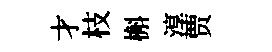
才枝槲淳贾